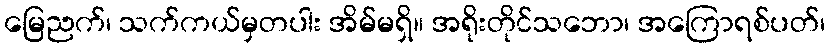
မြေညက်၊ သက်ကယ်မှတပါး အိမ်မရှိ။ အရိုးတိုင်သဘော၊ အကြောရစ်ပတ်၊